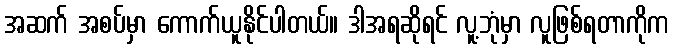
အဆက် အစပ်မှာ ကောက်ယူနိုင်ပါတယ်။ ဒါအရဆိုရင် လူ့ဘုံမှာ လူဖြစ်ရတာကိုက